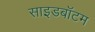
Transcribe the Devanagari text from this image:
साइडबॉटम